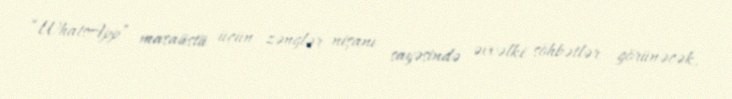
“WhatsApp” masaüstü üçün zənglər nişanı sayəsində əvvəlki söhbətlər görünəcək,